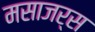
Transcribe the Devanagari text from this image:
मसाजर्स